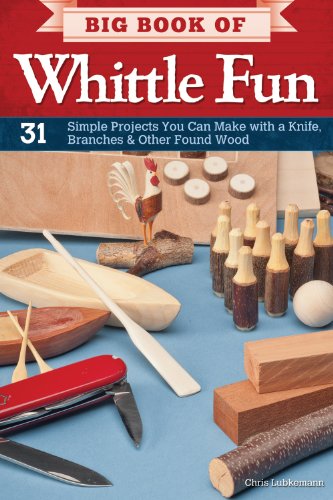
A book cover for Big Book of Whittle Fun: 31 Simple Projects You Can Make with a Knife, Branches & Other Found Wood; Chris Lubkemann; Crafts, Hobbies & Home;